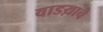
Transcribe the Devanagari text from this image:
वाडय़ाचे